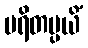
ပရိတပ္ပယိံ